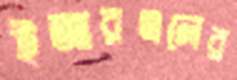
ইআরএলের